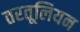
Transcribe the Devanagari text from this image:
तरतूलियन